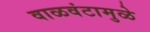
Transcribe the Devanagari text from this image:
वाळवंटामुळे